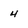
Character: 4